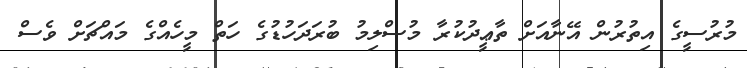
މުރުސީގެ އިތުރުން އޭނާއަށް ތާޢީދުކުރާ މުސްލިމު ބުރަދަހުޑުގެ ހަތް މީހެއްގެ މައްޗަށް ވެސް